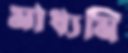
মাধ্যমি